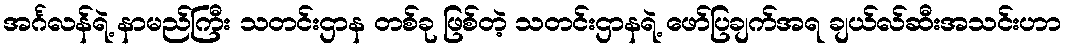
အင်္ဂလန်ရဲ့ နာမည်ကြီး သတင်းဌာန တစ်ခု ဖြစ်တဲ့ သတင်းဌာနရဲ့ ဖော်ပြချက်အရ ချယ်လ်ဆီးအသင်းဟာ